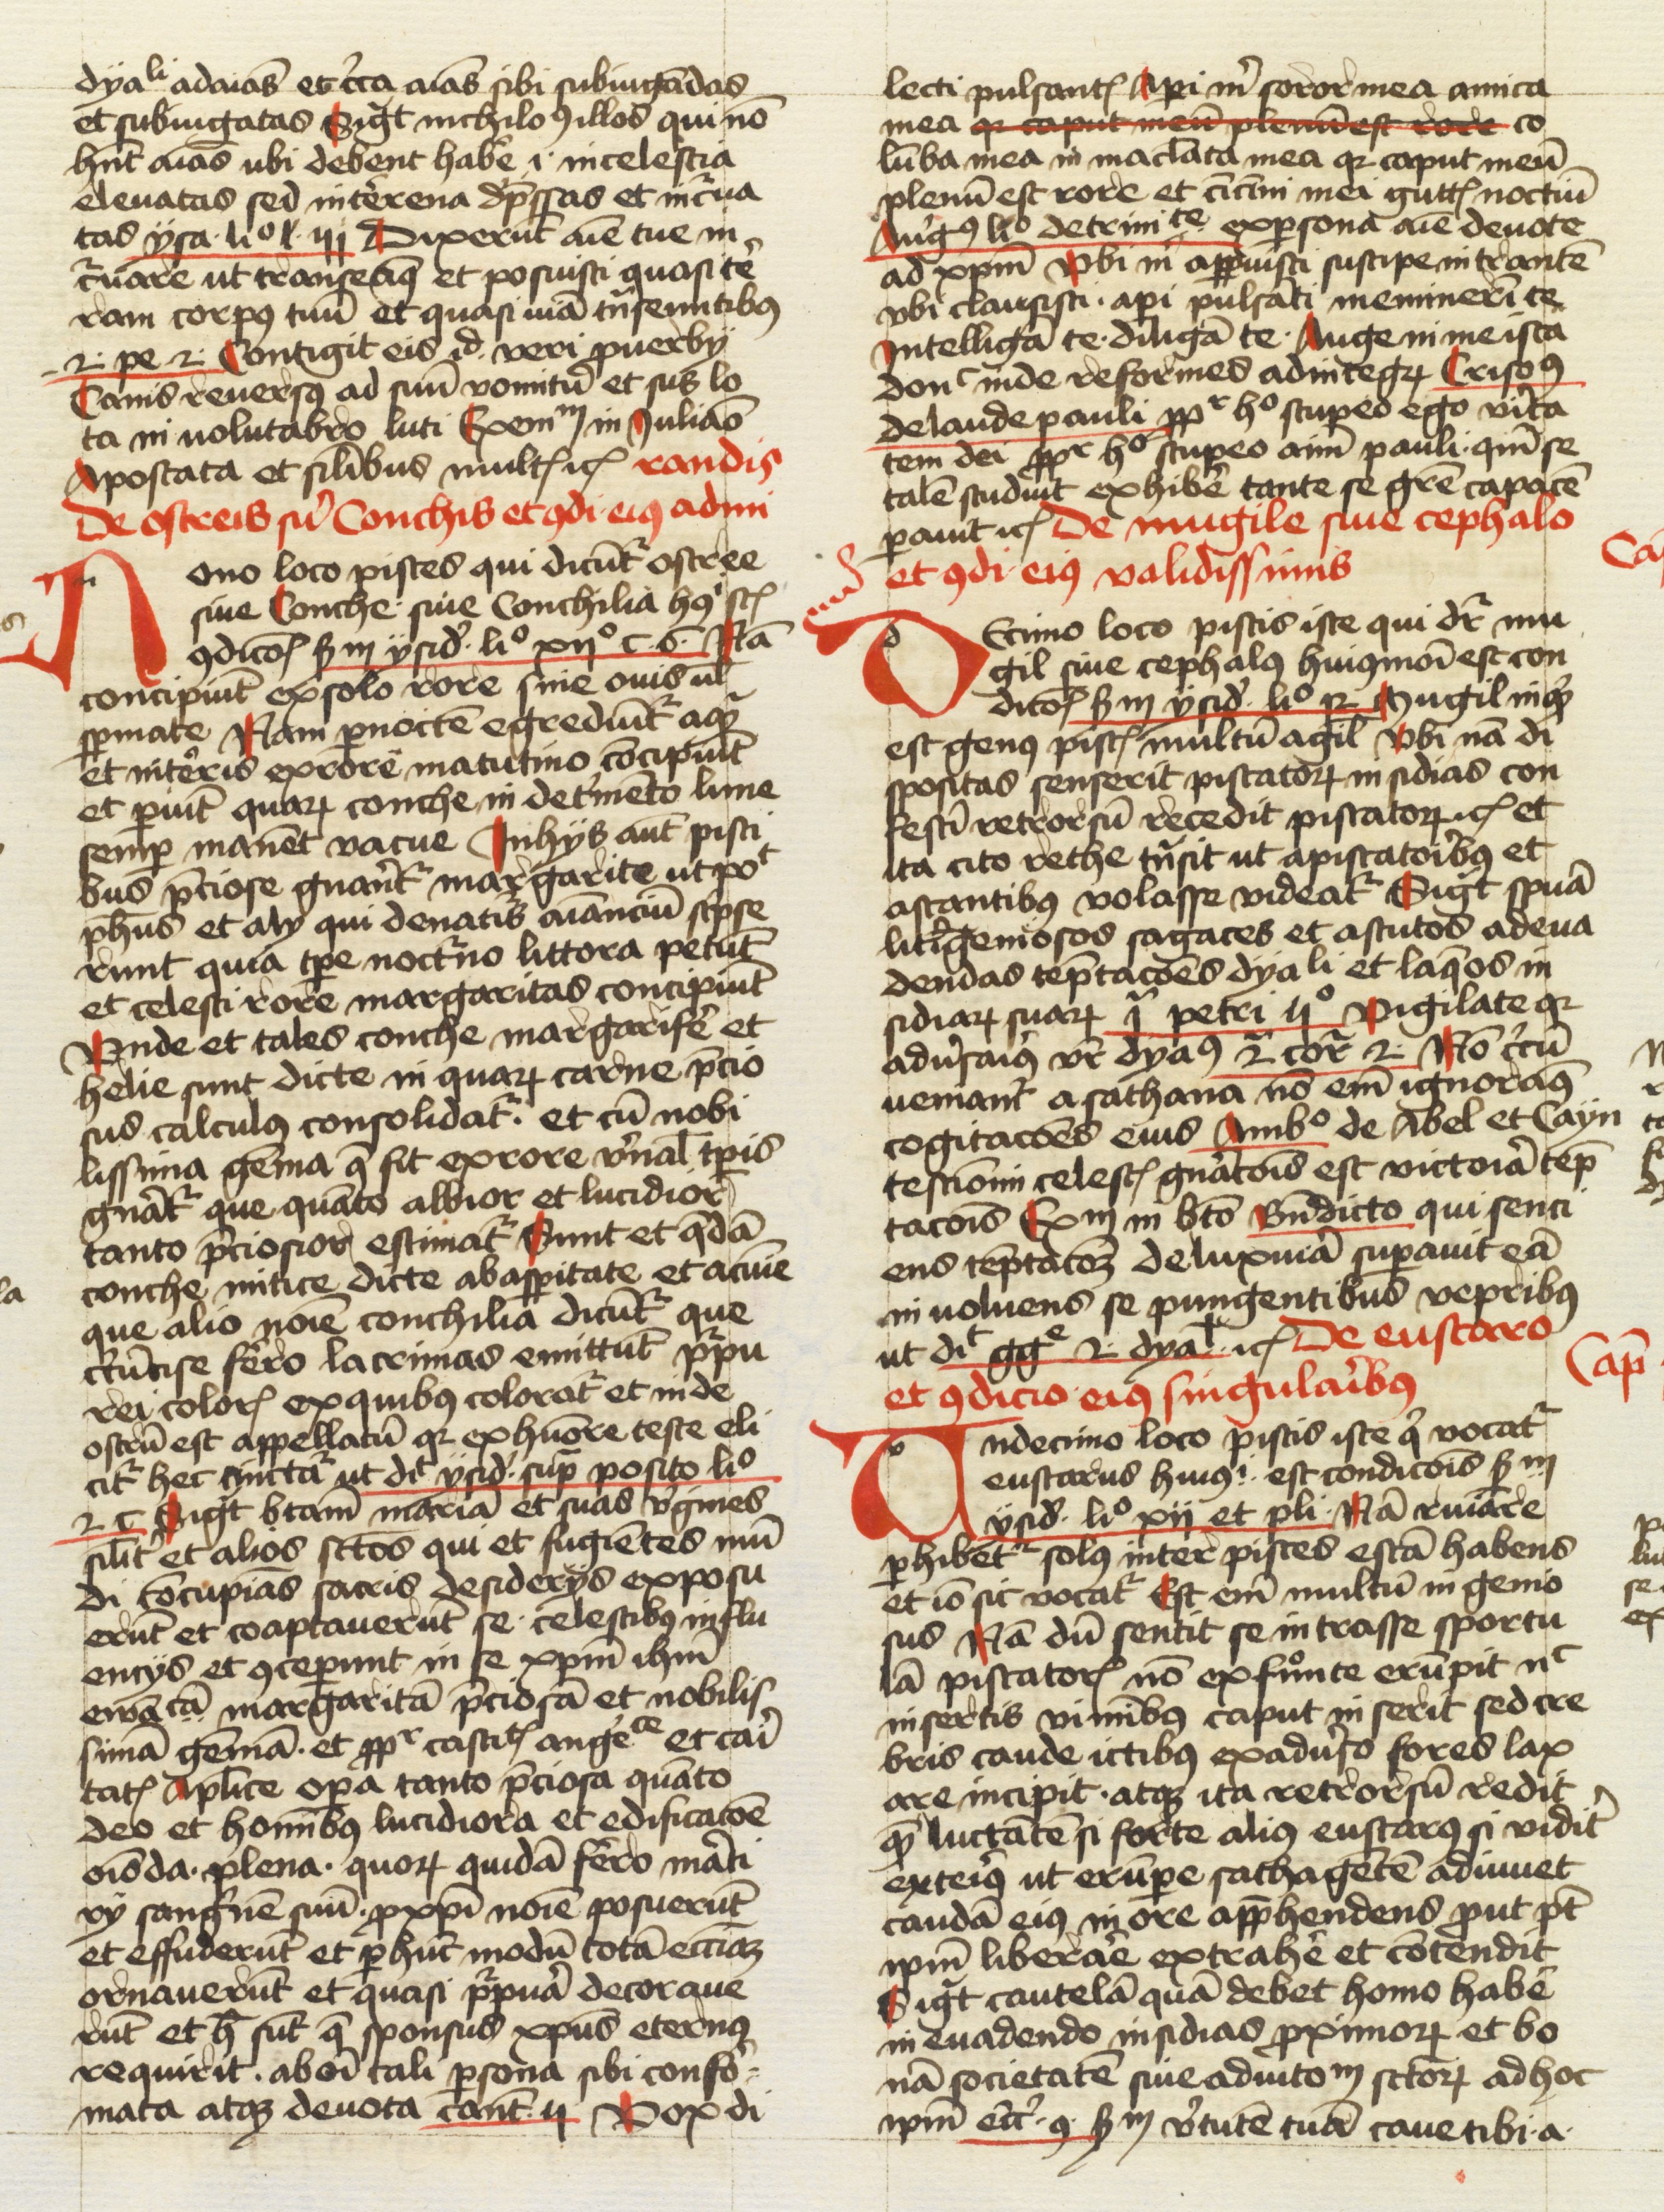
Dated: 1474–1474